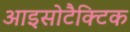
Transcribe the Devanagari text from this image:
आइसोटैक्टिक